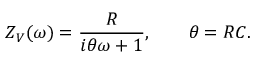
Z _ { V } ( \omega ) = \frac { R } { i \theta \omega + 1 } , \qquad \theta = R C .